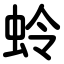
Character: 蛉